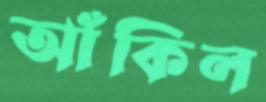
আঁকিল